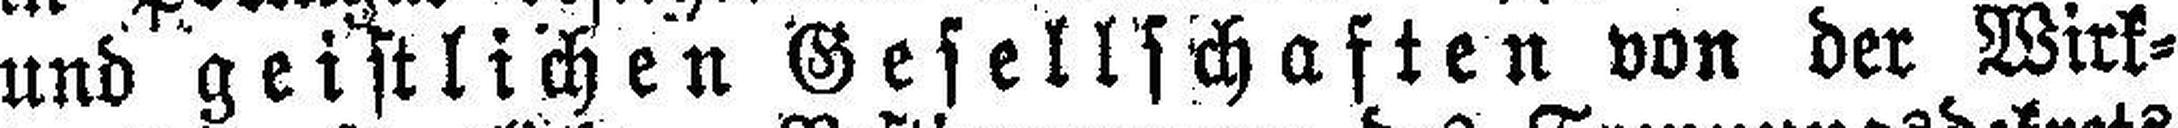
und geistlichen Gesellschaften von der Wirk¬